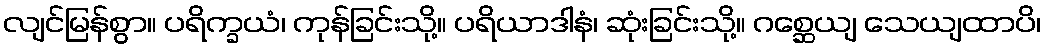
လျင်မြန်စွာ။ ပရိက္ခယံ၊ ကုန်ခြင်းသို့။ ပရိယာဒါနံ၊ ဆုံးခြင်းသို့။ ဂစ္ဆေယျ သေယျထာပိ၊